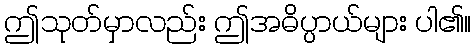
ဤသုတ်မှာလည်း ဤအဓိပ္ပာယ်များ ပါ၏။